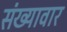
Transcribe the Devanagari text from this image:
संख्यावार